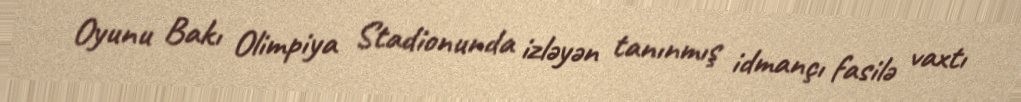
Oyunu Bakı Olimpiya Stadionunda izləyən tanınmış idmançı fasilə vaxtı